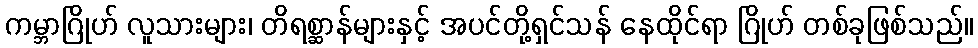
ကမ္ဘာဂြိုဟ် လူသားများ၊ တိရစ္ဆာန်များနှင့် အပင်တို့ရှင်သန် နေထိုင်ရာ ဂြိုဟ် တစ်ခုဖြစ်သည်။